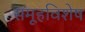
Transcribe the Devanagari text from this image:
समूहविशेष